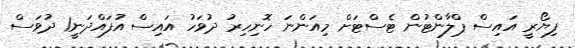
ފިޔޯރީ އައިސް ޕްލާންޓުން ޓެސްޓަށް މިއަންނަ ހޮނިހިރު ދުވަހު އައިސް އުފައްދަނީ1 ދުވަސް